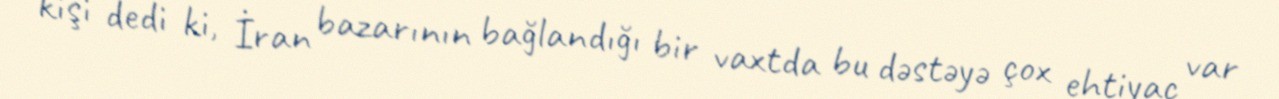
kişi dedi ki, İran bazarının bağlandığı bir vaxtda bu dəstəyə çox ehtiyac var